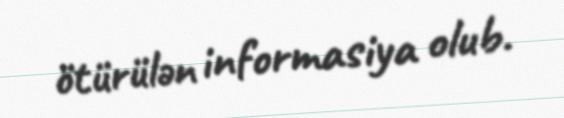
ötürülən informasiya olub.